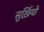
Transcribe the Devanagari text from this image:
सुर्ख़ियो